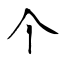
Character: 个